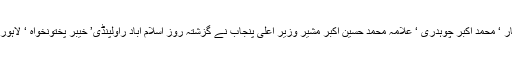
ان خیالات کا اظہار چیئرمین حج گروپ ارگنائزر وحید اقبال بٹ ‘ وائس چیئرمین حاجی عبدالغفار ‘ محمد اکبر چوہدری ‘ علامہ محمد حسین اکبر مشیر وزیر اعلیٰ پنجاب نے گزشتہ روز اسلام اباد راولپنڈی’ خیبر پختونخواہ ‘ لاہور کے HGO کے اعزاز میں دئیے گئے ظہرانہ کے موقع پر میڈیا سے گفتگو کرتے ہوئے کیا۔